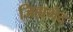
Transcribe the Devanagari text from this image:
जिह्यभेद